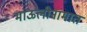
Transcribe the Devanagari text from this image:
माऊलीनामात